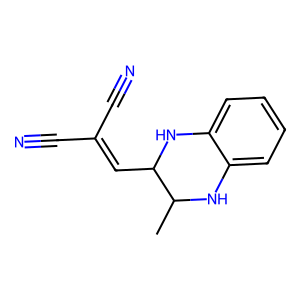
SMILES: CC1Nc2ccccc2NC1C=C(C#N)C#N
Inhibits HIV replication: No